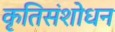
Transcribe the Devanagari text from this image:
कृतिसंशोधन